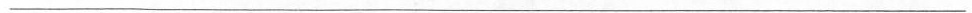
___